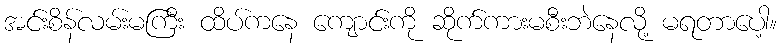
အင်းစိန်လမ်းမကြီး ထိပ်ကနေ ကျောင်းကို ဆိုက်ကားမစီးဘဲနေလို့ မရတာပေါ့။